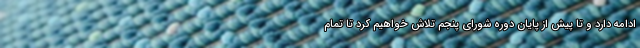
ادامه دارد و تا پیش از پایان دوره شورای پنجم تلاش خواهیم کرد تا تمام